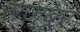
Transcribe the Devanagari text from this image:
सजबूर